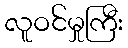
လူဝင်မှုကြီး